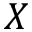
X